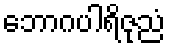
ဘောဂပါရိဇုညံ